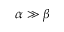
\alpha \gg \beta